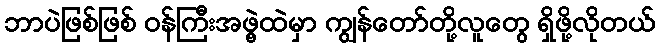
ဘာပဲဖြစ်ဖြစ် ဝန်ကြီးအဖွဲ့ထဲမှာ ကျွန်တော်တို့လူတွေ ရှိဖို့လိုတယ်